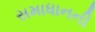
સમાધાનની